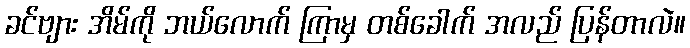
ခင်ဗျား အိမ်ကို ဘယ်လောက် ကြာမှ တစ်ခေါက် အလည် ပြန်တာလဲ။